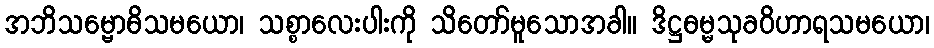
အဘိသမ္ဗောဓိသမယော၊ သစ္စာလေးပါးကို သိတော်မူသောအခါ။ ဒိဋ္ဌဓမ္မသုခဝိဟာရသမယော၊